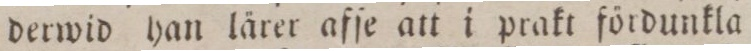
derwid han lärer afſe att i prakt fördunkla